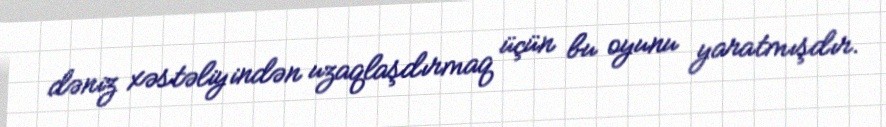
dəniz xəstəliyindən uzaqlaşdırmaq üçün bu oyunu yaratmışdır.